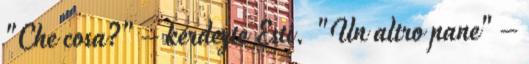
"Che cosa?" – kérdezte Esti. "Un altro pane" –